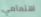
اهتمامي